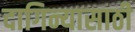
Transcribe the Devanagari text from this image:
दागिन्यासाठी